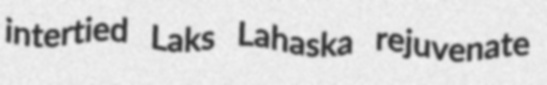
intertied Laks Lahaska rejuvenate